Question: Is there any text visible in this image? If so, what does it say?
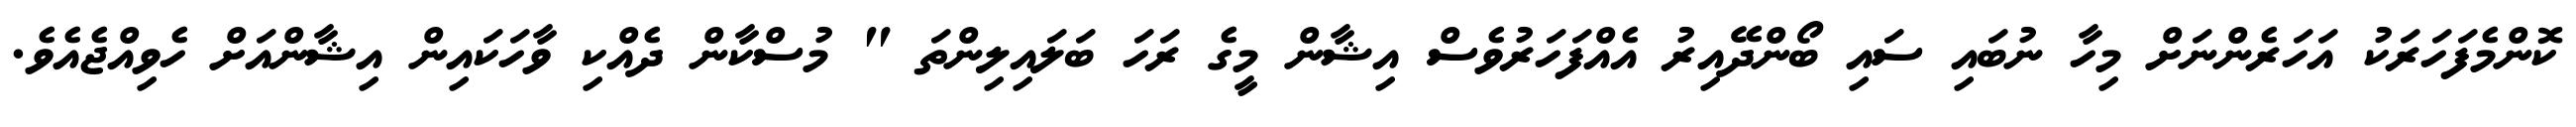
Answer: ކޮންމެފަހަރަކު އަހަރެންނަށް މިހާ ނުބައި ސައި ބޯންދޭއިރު އެއްފަހަރުވެސް އިޝާން މީގެ ރަހަ ބަލައިލިންތަ " މުސްކާން ދެއްކި ވާހަކައިން އިޝާންއަށް ހެވިއްޖެއެވެ.